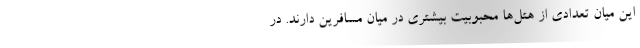
این میان تعدادی از هتل‌ها محبوبیت بیشتری در میان مسافرین دارند. در